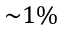
{ \sim } 1 \%